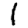
Digit: 1